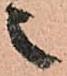
之